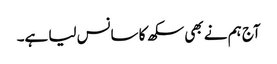
آج ہم نے بھی سکھ کا سانس لیا ہے۔